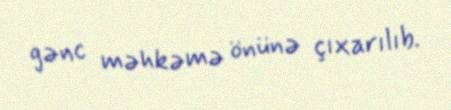
gənc məhkəmə önünə çıxarılıb.